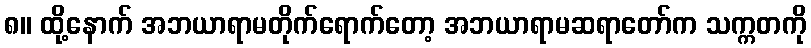
၈။ ထို့နောက် အဘယာရာမတိုက်ရောက်တော့ အဘယာရာမဆရာတော်က သက္ကတကို